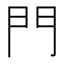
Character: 門